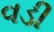
વડી